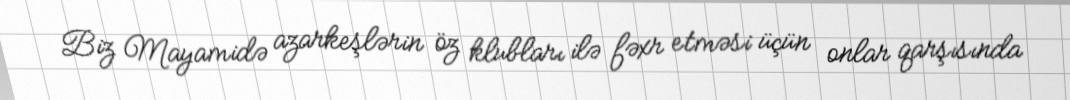
Biz Mayamidə azarkeşlərin öz klubları ilə fəxr etməsi üçün onlar qarşısında